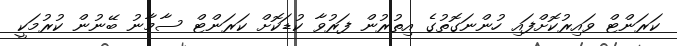
ކަރަންޓް ވައިރުކޮށްފައި ހުންނަގޮތުގެ އިތުރުން ފަރުވާ ކުޑަކޮށް ކަރަންޓް ސާމާނު ބޭނުން ކުރުމަކީ